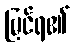
မြင်ရ၏